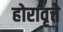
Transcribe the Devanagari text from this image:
होरावृत्ते